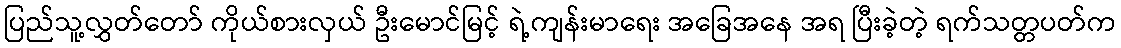
ပြည်သူ့လွှတ်တော် ကိုယ်စားလှယ် ဦးမောင်မြင့် ရဲ့ကျန်းမာရေး အခြေအနေ အရ ပြီးခဲ့တဲ့ ရက်သတ္တပတ်က